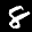
Label: 8